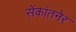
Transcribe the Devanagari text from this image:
सेंकांतनेर